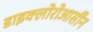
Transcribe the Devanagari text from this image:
डाइक्लोरोआर्सीन